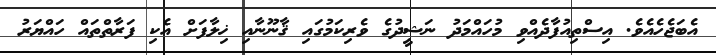
އެބަޖެހެއެވެ. އިސްތިއުފާދެއްވި މުހައްމަދު ނަޝީދުގެ ވެރިކަމުގައި ޤާނޫނާއި ޚިލާފަށް އެކި ފަރާތްތައް ހައްޔަރު